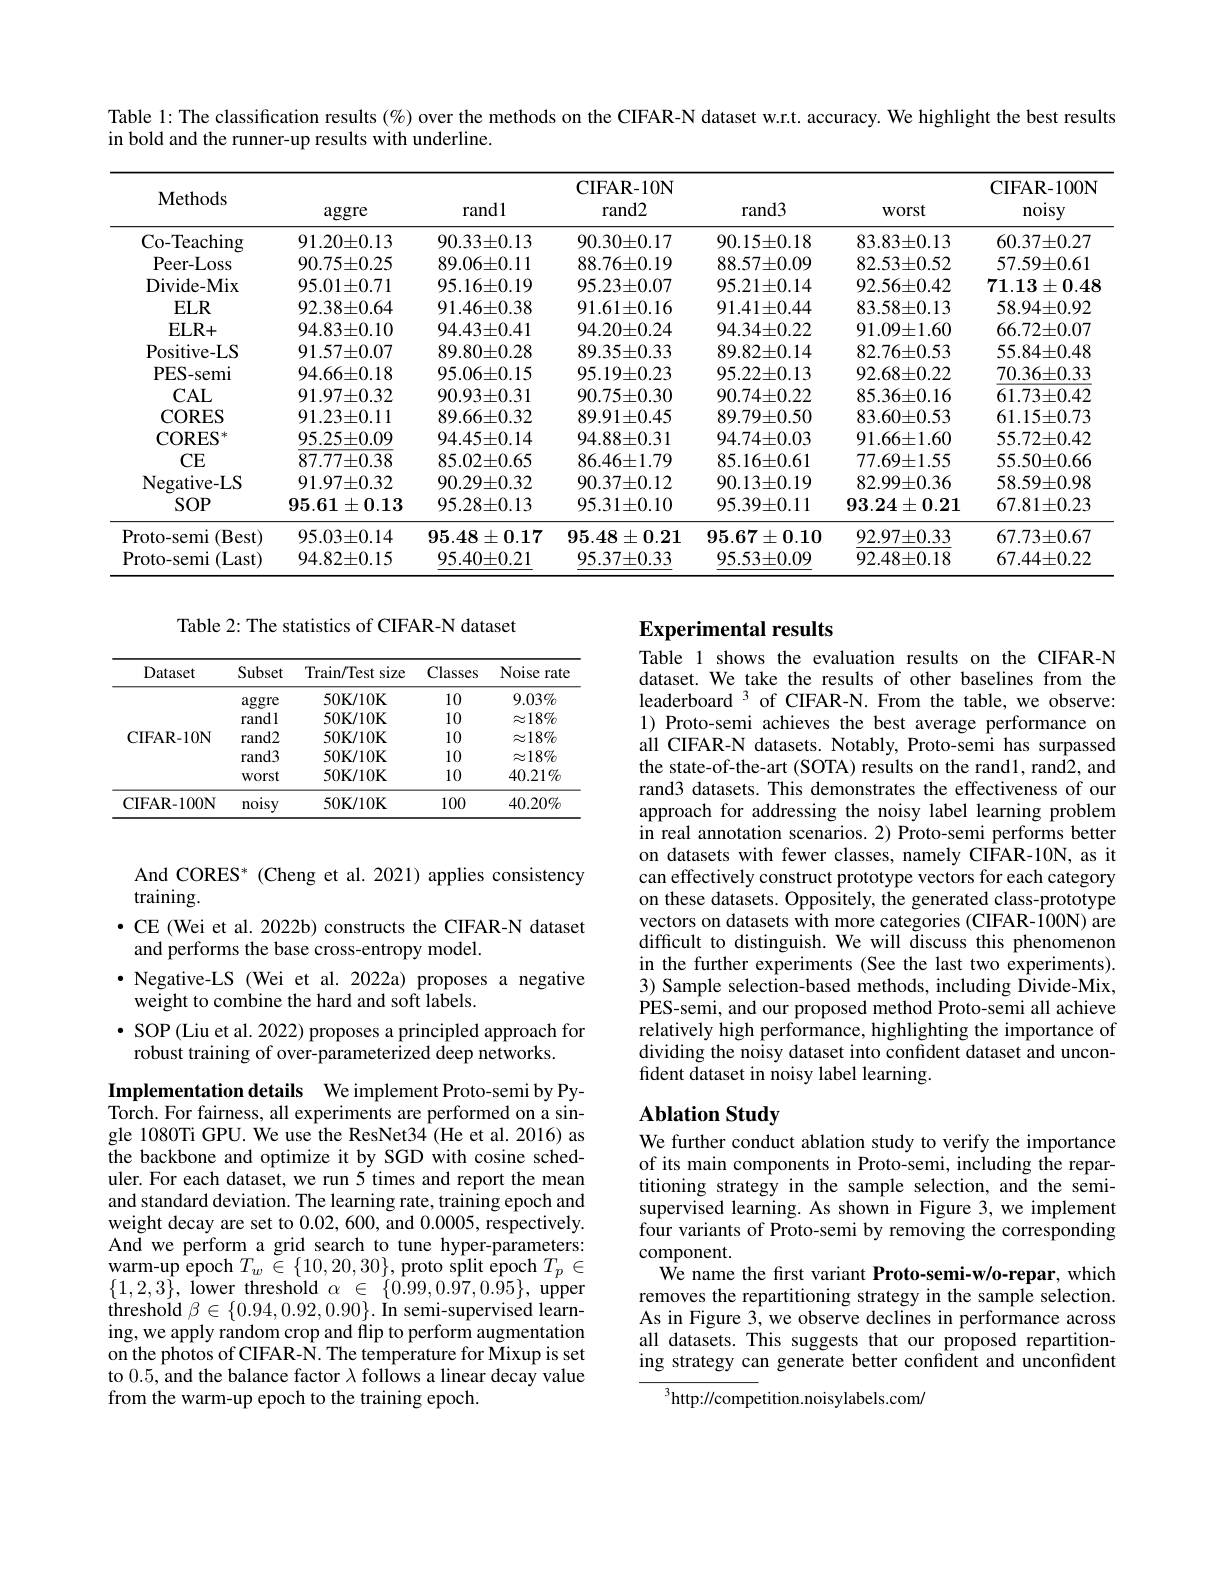
Table l: The classification results (%) over the methods on the CIFAR-N dataset w.r.t. accuracy. We highlight the best results
in bold and the runner-up results with underline.

<table>
	<tbody>
		<tr>
			<th>Methods</th>
			<th>$\arg$gre</th>
			<th>rand1</th>
			<th>CIFAR- 10N rand2</th>
			<th>rand3</th>
			<th>Worst</th>
			<th>CIFAR- 100N noisy</th>
		</tr>
		<tr>
			<th>Methods</th>
			<th>$\arg$gre</th>
			<th>rand1</th>
			<th>rand2</th>
			<th>$rand3$</th>
			<th>WOrst</th>
			<th>noisy</th>
		</tr>
		<tr>
			<td>Co-Teaching</td>
			<td>$91.20\pm0.13$</td>
			<td>$90.33\pm0.13$</td>
			<td>$90.30\pm0.17$</td>
			<td>$90.15\pm0.18$</td>
			<td>$83.83\pm0.13$</td>
			<td>$60.37\pm0.27$</td>
		</tr>
		<tr>
			<td>Peer- Loss</td>
			<td>$90.75\pm0.25$</td>
			<td>$89.06\pm0.11$</td>
			<td>$88.76\pm0.19$</td>
			<td>$88.57\pm0.09$</td>
			<td>$82.53\pm0.52$</td>
			<td>$57.59\pm0.61$</td>
		</tr>
		<tr>
			<td>Divide- Mix</td>
			<td>$95.01\pm0.71$</td>
			<td>$95.16\pm0.19$</td>
			<td>$95.23\pm0.07$</td>
			<td>$95.21\pm0.14$</td>
			<td>$92.56\pm0.42$</td>
			<td>$71.13\pm0.48$</td>
		</tr>
		<tr>
			<td>$ELR$</td>
			<td>$92.38\pm0.64$</td>
			<td>$91.46\pm0.38$</td>
			<td>$91.61\pm0.16$</td>
			<td>$91.41\pm0.44$</td>
			<td>$83.58\pm0.13$</td>
			<td>$58.94\pm0.92$</td>
		</tr>
		<tr>
			<td>$ELR+$</td>
			<td>$94.83\pm0.10$</td>
			<td>$94.43\pm0.41$</td>
			<td>$94.20\pm0.24$</td>
			<td>$94.34\pm0.22$</td>
			<td>$91.09\pm1.60$</td>
			<td>$66.72\pm0.07$</td>
		</tr>
		<tr>
			<td>Positive- LS</td>
			<td>$91.57\pm0.07$</td>
			<td>$89.80\pm0.28$</td>
			<td>$89.35\pm0.33$</td>
			<td>$89.82\pm0.14$</td>
			<td>$82.76\pm0.53$</td>
			<td>$55.84\pm0.48$</td>
		</tr>
		<tr>
			<td>PES- semi</td>
			<td>$94.66\pm0.18$</td>
			<td>$95.06\pm0.15$</td>
			<td>$95.19\pm0.23$</td>
			<td>$95.22\pm0.13$</td>
			<td>$92.68\pm0.22$</td>
			<td>$70.36\pm0.33$</td>
		</tr>
		<tr>
			<td>$CAL$</td>
			<td>$91.97\pm0.32$</td>
			<td>$90.93\pm0.31$</td>
			<td>$90.75\pm0.30$</td>
			<td>$90.74\pm0.22$</td>
			<td>$85.36\pm0.16$</td>
			<td>$61.73\pm0.42$</td>
		</tr>
		<tr>
			<td>CORES</td>
			<td>$91.23\pm0.11$</td>
			<td>$89.66\pm0.32$</td>
			<td>$89.91\pm0.45$</td>
			<td>$89.79\pm0.50$</td>
			<td>$83.60\pm0.53$</td>
			<td>$61.15\pm0.73$</td>
		</tr>
		<tr>
			<td>CORES 1-4</td>
			<td>$95.25\pm0.09$</td>
			<td>$94.45\pm0.14$</td>
			<td>$94.88\pm0.31$</td>
			<td>$94.74\pm0.03$</td>
			<td>$91.66\pm1.60$</td>
			<td>$55.72\pm0.42$</td>
		</tr>
		<tr>
			<td>CE</td>
			<td>$87.77\pm0.38$</td>
			<td>$85.02\pm0.65$</td>
			<td>$86.46\pm1.79$</td>
			<td>$85.16\pm0.61$</td>
			<td>$77.69\pm1.55$</td>
			<td>$55.50\pm0.66$</td>
		</tr>
		<tr>
			<td>Negative-LS</td>
			<td>$91.97\pm0.32$</td>
			<td>$90.29\pm0.32$</td>
			<td>$90.37\pm0.12$</td>
			<td>$90.13\pm0.19$</td>
			<td>$82.99\pm0.36$</td>
			<td>$58.59\pm0.98$</td>
		</tr>
		<tr>
			<td>$SOP$</td>
			<td>$95.61\pm0.13$</td>
			<td>$95.28\pm0.13$</td>
			<td>$95.31\pm0.10$</td>
			<td>$95.39\pm0.11$</td>
			<td>$93.24\pm0.21$</td>
			<td>$67.81\pm0.23$</td>
		</tr>
		<tr>
			<td>Proto- semi (Best) Proto-semi (Last)</td>
			<td>$95.03\pm0.14$ $94.82\pm0.15$</td>
			<td>$95.48\pm0.17$ $95.40\pm0.21$</td>
			<td>$95.48\pm0.21$ $95.37\pm0.33$</td>
			<td>$95.67\pm0.10$ $95.53\pm0.09$</td>
			<td>$92.97\pm0.33$ $92.48\pm0.18$</td>
			<td>$67.73\pm0.67$ $67.44\pm0.22$</td>
		</tr>
		<tr>
			<td>Proto- semi (Best)</td>
			<td>$95.03\pm0.14$</td>
			<td>$95.48\pm0.17$</td>
			<td>$95.48\pm0.21$</td>
			<td>$95.67\pm0.10$</td>
			<td>$92.97\pm0.33$</td>
			<td>$67.73\pm0.67$</td>
		</tr>
		<tr>
			<td>Proto-semi (Last)</td>
			<td>$94.82\pm0.15$</td>
			<td>$95.40\pm0.21$</td>
			<td>$95.37\pm0.33$</td>
			<td>$95.53\pm0.09$</td>
			<td>$92.48\pm0.18$</td>
			<td>$67.44\pm0.22$</td>
		</tr>
	</tbody>
</table>

Table 2: The statistics of CIFAR-N dataset

## Experimental results

<table>
	<tbody>
		<tr>
			<th>Dataset</th>
			<th>Subset</th>
			<th>Train/Test size</th>
			<th>Classes</th>
			<th>Noise rate</th>
		</tr>
		<tr>
			<td rowspan="5">CIFAR- 10N</td>
			<td>aggre</td>
			<td>$50\mathbf{K}/10\mathbf{K}$</td>
			<td>10</td>
			<td>$9.03\%$</td>
		</tr>
		<tr>
			<td>randl</td>
			<td>$50\mathbf{K}/10\mathbf{K}$</td>
			<td>10</td>
			<td>$\approx18\%$</td>
		</tr>
		<tr>
			<td>$rand2$</td>
			<td>$50\mathbf{K}/10\mathbf{K}$</td>
			<td>10</td>
			<td>$\approx18\%$</td>
		</tr>
		<tr>
			<td>rand3</td>
			<td>$50\mathbf{K}/10\mathbf{K}$</td>
			<td>10</td>
			<td>$\approx18\%$</td>
		</tr>
		<tr>
			<td>Worst</td>
			<td>$50\mathbf{K}/10\mathbf{K}$</td>
			<td>10</td>
			<td>$40.21\%$</td>
		</tr>
		<tr>
			<td>CIFAR- 100N</td>
			<td>noisy</td>
			<td>$50\mathbf{K}/10\mathbf{K}$</td>
			<td>100</td>
			<td>$40.20\%$</td>
		</tr>
	</tbody>
</table>

Table 1 shows the evaluation results on the CIFAR-N dataset. We take the results of other baselines from the leaderboard $^3$ of CIFAR-N. From the table, we observe: 1) Proto-semi achieves the best average performance on all CIFAR-N datasets. Notably, Proto-semi has surpassed the state-of-the-art (SOTA) results on the rand1, rand2, and rand3 datasets. This demonstrates the effectiveness of our approach for addressing the noisy label learning problem in real annotation scenarios. 2) Proto-semi performs better on datasets with fewer classes, namely CIFAR-10N, as it can effectively construct prototype vectors for each category on these datasets. Oppositely, the generated class-prototype vectors on datasets with more categories (CIFAR-100N) are difficult to distinguish. We will discuss this phenomenon in the further experiments (See the last two experiments). 3) Sample selection-based methods, including Divide-Mix, PES-semi, and our proposed method Proto-semi all achieve relatively high performance, highlighting the importance of dividing the noisy dataset into confident dataset and unconfident dataset in noisy label learning.

And CORES* (Cheng et al. 2021) applies consistency
training.
$\bullet$ CE (Wei et al. 2022b) constructs the CIFAR-N dataset
and performs the base cross-entropy model.
$\bullet$ Negative-LS (Wei et al. 2022a) proposes a negative
weight to combine the hard and soft labels.
$\bullet$ SOP(Liu et al. 2022) proposes a principled approach for
robust training of over-parameterized deep networks.

## Ablation Study

Implementation details We implement Proto-semi by PyTorch. For fairness, all experiments are performed on a single 1080Ti GPU. We use the ResNet34 (He et al. 2016) as the backbone and optimize it by SGD with cosine scheduler. For each dataset, we run 5 times and report the mean and standard deviation. The learning rate, training epoch and weight decay are set to 0.02,600, and 0.0005, respectively. And we perform a grid search to tune hyper-parameters: $\operatorname { \mathrm{warm- up~epoch~}} T_{w}$ $\check{\in }$ $\{ 10, 20, 30\} , \operatorname { \mathrm{proto~split~epoch~}} T_{p}\in$ $\{1,2,3\}$, lower threshold $\alpha\in\{0.99,0.97,0.95\}$, upper threshold $\beta\in\{0.94,0.92,0.90\}.$ In semi-supervised learning, we apply random crop and flip to perform augmentation on the photos of CIFAR-N. The temperature for Mixup is set to 0.5, and the balance factor $\lambda$ follows a linear decay value from the warm-up epoch to the training epoch.

We further conduct ablation study to verify the importance of its main components in Proto-semi, including the repartitioning strategy in the sample selection, and the semisupervised learning. As shown in Figure 3, we implement four variants of Proto-semi by removing the corresponding component
$\hat{\text{We name the first variant Proto-semi-w/o-repar, which}}$ removes the repartitioning strategy in the sample selection. As in Figure 3, we observe declines in performance across all datasets. This suggests that our proposed repartitioning strategy can generate better confident and unconfident

$^3$http://competition.noisylabels.com/